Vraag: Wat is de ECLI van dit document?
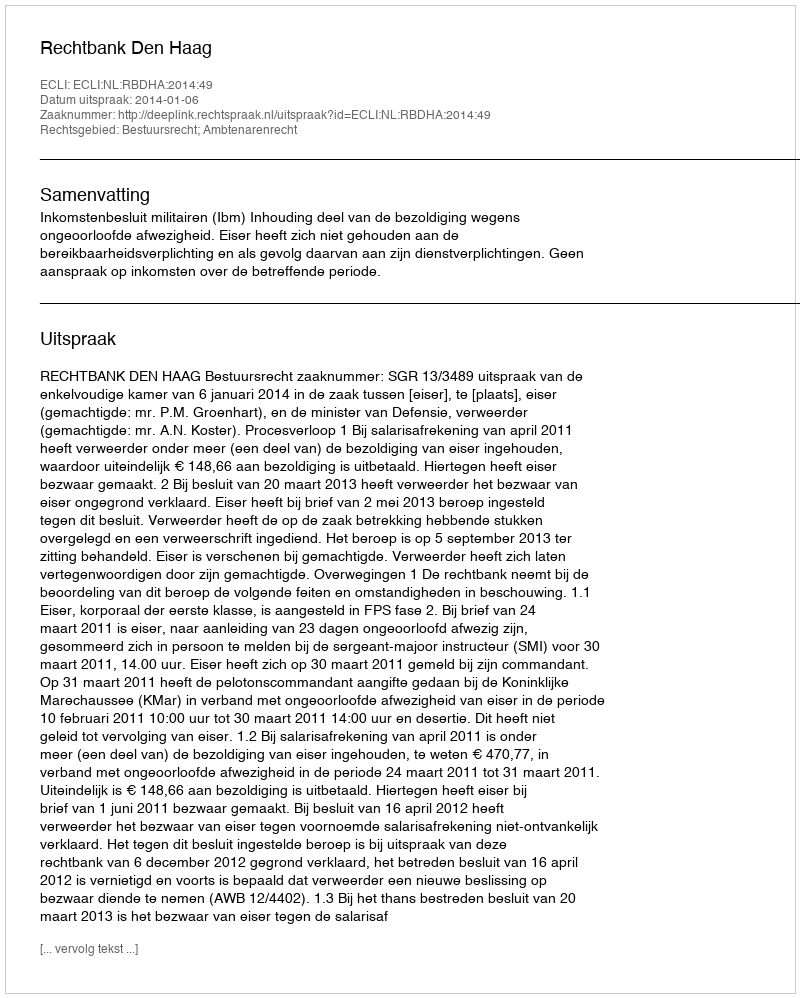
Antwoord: ECLI:NL:RBDHA:2014:49